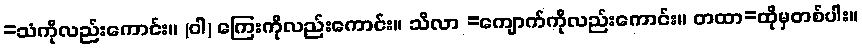
=သံကိုလည်းကောင်း။ (ဝါ) ကြေးကိုလည်းကောင်း။ သိလာ =ကျောက်ကိုလည်းကောင်း။ တထာ=ထိုမှတစ်ပါး။